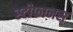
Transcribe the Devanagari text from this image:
स्टीफानस